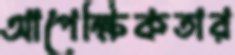
আপেক্ষিকতার